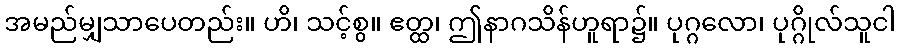
အမည်မျှသာပေတည်း။ ဟိ၊ သင့်စွ။ ဧတ္ထ၊ ဤနာဂသိန်ဟူရာ၌။ ပုဂ္ဂလော၊ ပုဂ္ဂိုလ်သူငါ